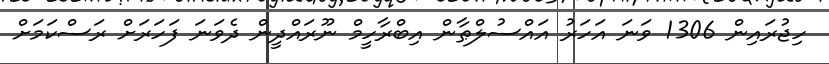
ހިޖުރައިން 1306 ވަނަ އަހަރު އައްސުލްޠާން އިބްރާހީމް ނޫރައްދީން ދެވަނަ ފަހަރަށް ރަސްކަމަށް